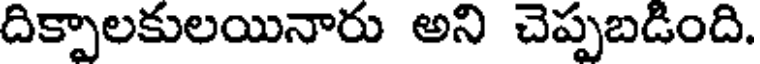
దిక్పాలకులయినారు అని చెప్పబడింది.